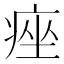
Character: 痤